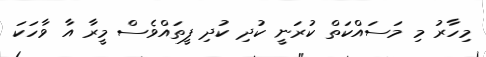
މިހާރު މި މަސައްކަތް ކުރަނީ ކުދި ކުދި ފީތައްވެސް މީރާ އާ ވާހަކަ